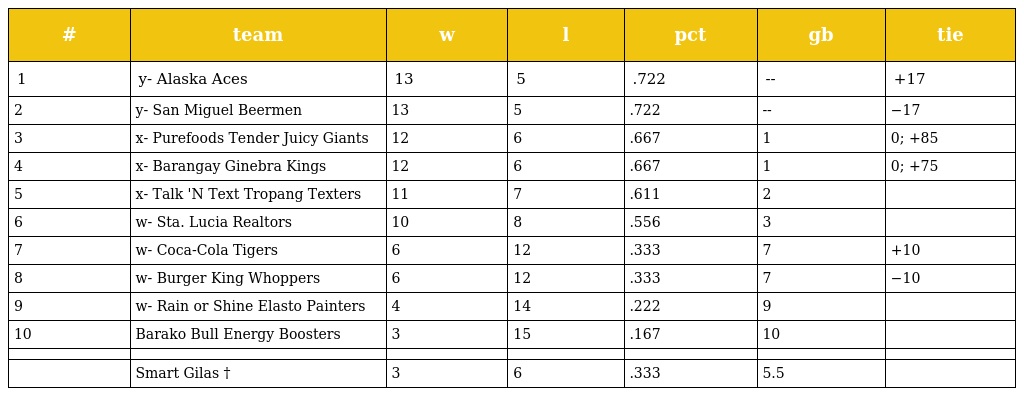
| # | team | w | l | pct | gb | tie |
 | --- | --- | --- | --- | --- | --- | --- |
 | 1 | y- Alaska Aces | 13 | 5 | .722 | -- | +17 |
 | 2 | y- San Miguel Beermen | 13 | 5 | .722 | -- | −17 |
 | 3 | x- Purefoods Tender Juicy Giants | 12 | 6 | .667 | 1 | 0; +85 |
 | 4 | x- Barangay Ginebra Kings | 12 | 6 | .667 | 1 | 0; +75 |
 | 5 | x- Talk 'N Text Tropang Texters | 11 | 7 | .611 | 2 |  |
 | 6 | w- Sta. Lucia Realtors | 10 | 8 | .556 | 3 |  |
 | 7 | w- Coca-Cola Tigers | 6 | 12 | .333 | 7 | +10 |
 | 8 | w- Burger King Whoppers | 6 | 12 | .333 | 7 | −10 |
 | 9 | w- Rain or Shine Elasto Painters | 4 | 14 | .222 | 9 |  |
 | 10 | Barako Bull Energy Boosters | 3 | 15 | .167 | 10 |  |
 |  |  |  |  |  |  |  |
 |  | Smart Gilas † | 3 | 6 | .333 | 5.5 |  |